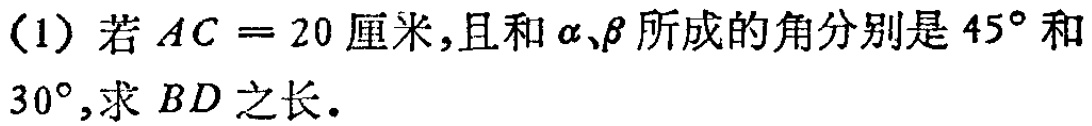
（1）若\(AC = 20\)厘米，且和\(\alpha、\beta\)所成的角分别是\(45^{\circ}\)和\(30^{\circ}\)，求 \(BD\) 之长.